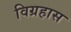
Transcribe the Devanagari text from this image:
विग्रहास